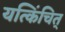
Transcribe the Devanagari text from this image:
यत्किंचित्‌